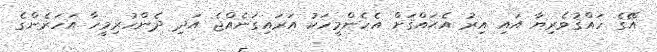
އޭގެ ހައްޤުވެރިޔާ އައި އިރު އެޙައްޤަށް އެހެންމީހަކު އަރައިގަނެއްޖެ އަދި ދެންހުރިމީހާ އަހަރެންގެ